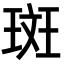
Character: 斑